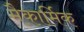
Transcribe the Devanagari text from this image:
मैकार्मिक